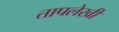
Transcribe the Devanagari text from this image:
तापलेखी